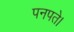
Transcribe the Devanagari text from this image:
पनपते।